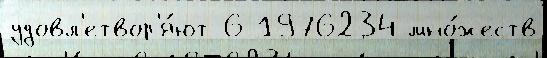
удовл'етвор'я́ют 6 1976234 мно́жеств